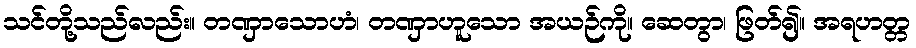
သင်တို့သည်လည်း။ တဏှာသောဟံ၊ တဏှာဟူသော အယဉ်ကို။ ဆေတွာ၊ ဖြတ်၍။ အရဟတ္တ